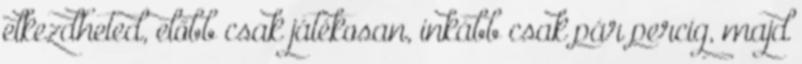
elkezdheted, előbb csak játékosan, inkább csak pár percig, majd